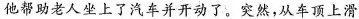
他帮助老人坐上了汽车并开动了。突然，从在顶上滑